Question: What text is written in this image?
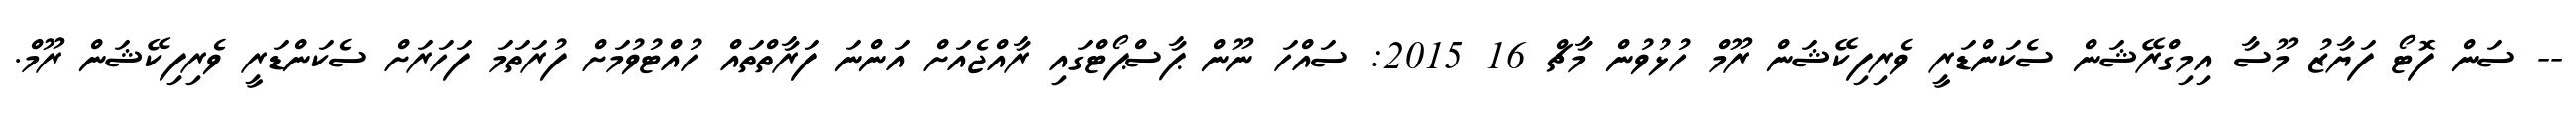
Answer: -- ސަން ފޮޓޯ ފަޔާޒު މޫސާ އިމިގްރޭޝަން ސެކަންޑަރީ ވެރިފިކޭޝަން ރޫމް ހުޅުވުން މާޗް 16 2015: ސައްހަ ނޫން ޕާސްޕޯޓްގައި ރާއްޖެއަށް އަންނަ ފަރާތްތައް ހުއްޓުވުމަށް ފުރަތަމަ ފަހަރަށް ސެކަންޑަރީ ވެރިފިކޭޝަން ރޫމް.